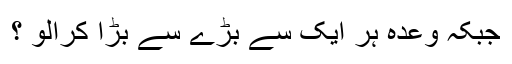
جبکہ وعدہ ہر ایک سے بڑے سے بڑا کرالو ؟